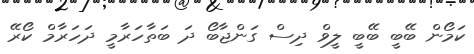
ކަމޯން ބޭބީ ބޭބީ ލީވް ދިސް ގަންޖާބޯ ދަ ބަތާހަރާމީ ދަހަރާމް ކޯރޭ